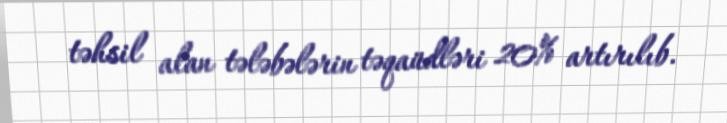
təhsil alan tələbələrin təqaüdləri 20% artırılıb.